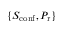
\{ S _ { \mathrm { c o n f } } , P _ { \mathrm { r } } \}